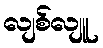
လျစ်လျူ